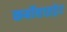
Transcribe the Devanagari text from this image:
कर्बोहाइड्रेट